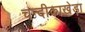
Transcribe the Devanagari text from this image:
चन्दीकाखेड़ा